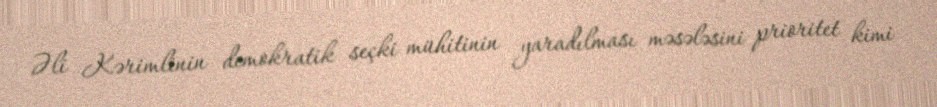
Əli Kərimlinin demokratik seçki mühitinin yaradılması məsələsini prioritet kimi